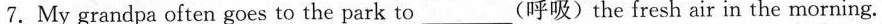
7.My grandpa often goes to the park to_______(呼吸)the fresh air in the morning.